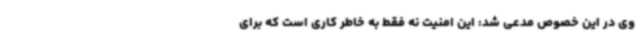
وی در این خصوص مدعی شد: این امنیت نه فقط به خاطر کاری است که برای